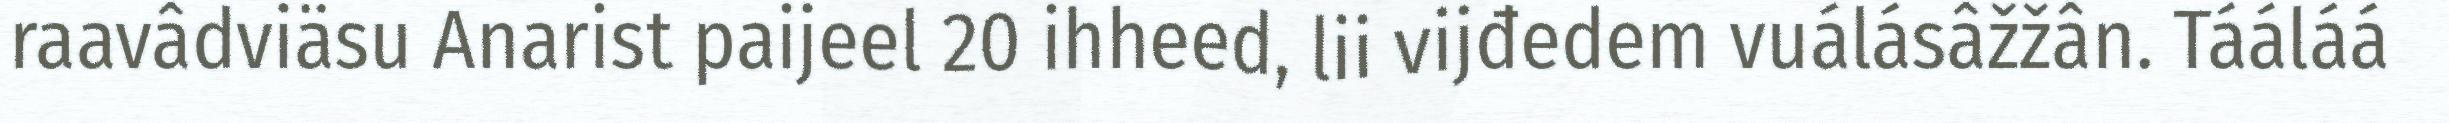
raavâdviäsu Anarist paijeel 20 ihheed, lii vijđedem vuálásâžžân. Tááláá